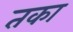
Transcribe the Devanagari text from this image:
तका